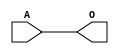
module JCBUFC(A, O);
input   A;
output  O;
buf g0(O, A);
endmodule